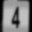
Digit: 4